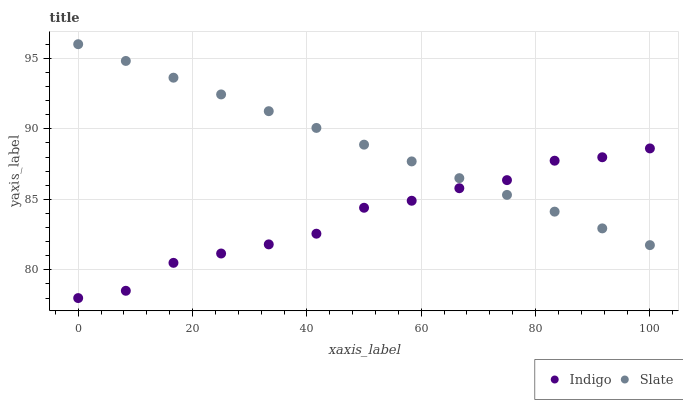
| xaxis_label | Indigo | Slate |
 | --- | --- | --- |
 | 0 | 78 | 96 |
 | 8.33 | 78.5 | 94.8 |
 | 16.7 | 80.5 | 93.6 |
 | 25 | 81.2 | 92.4 |
 | 33.3 | 81.8 | 91.3 |
 | 41.7 | 82.6 | 90.1 |
 | 50 | 84.4 | 88.9 |
 | 58.3 | 84.9 | 87.7 |
 | 66.7 | 85.8 | 86.5 |
 | 75 | 86.4 | 85.3 |
 | 83.3 | 87.7 | 84.1 |
 | 91.7 | 88 | 82.9 |
 | 100 | 88.6 | 81.8 |